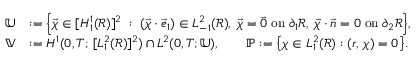
\begin{array} { r l } { \mathbb { U } } & { : = \Bigl \{ \vec { \chi } \in [ H _ { 1 } ^ { 1 } ( \mathscr { R } ) ] ^ { 2 } \; : \; ( \vec { \chi } \cdot \vec { e } _ { 1 } ) \in L _ { - 1 } ^ { 2 } ( \mathscr { R } ) , \; \vec { \chi } = \vec { 0 } \; \mathrm { o n } \; \partial _ { 1 } \mathscr { R } , \; \vec { \chi } \cdot \vec { n } = 0 \; \mathrm { o n } \; \partial _ { 2 } \mathscr { R } \Bigr \} , } \\ { \mathbb { V } } & { : = H ^ { 1 } ( 0 , T ; \, [ L _ { 1 } ^ { 2 } ( \mathscr { R } ) ] ^ { 2 } ) \cap L ^ { 2 } ( 0 , T ; \mathbb { U } ) , \qquad { \mathbb { P } } : = \bigl \{ \chi \in L _ { 1 } ^ { 2 } ( \mathscr { R } ) : ( r , \, \chi ) = 0 \bigr \} . } \end{array}